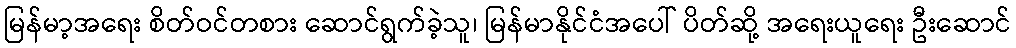
မြန်မာ့အရေး စိတ်ဝင်တစား ဆောင်ရွက်ခဲ့သူ၊ မြန်မာနိုင်ငံအပေါ် ပိတ်ဆို့ အရေးယူရေး ဦးဆောင်